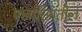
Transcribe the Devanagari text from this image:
फ्लोरिडातील